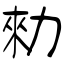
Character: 勑